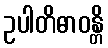
ဥပါတိဓာဝန္တိ